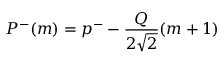
P ^ { - } ( m ) = p ^ { - } - \frac { Q } { 2 \sqrt { 2 } } ( m + 1 )